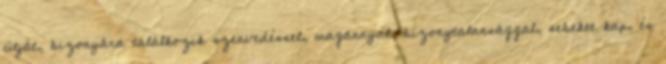
útját, bizonyára találkozik szenvedéssel, magánnyal, bizonytalansággal, sebeket kap, és